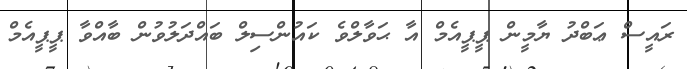
ރައީސް ޢަބްދު ޔާމީން ޕީޕީއެމް އާ ޙަވާލްވެ ކައުންސިލް ބައްދަލުވުން ބާއްވާ ޕީޕީއެމް